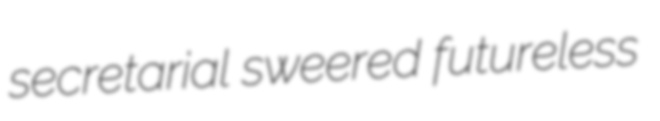
secretarial sweered futureless